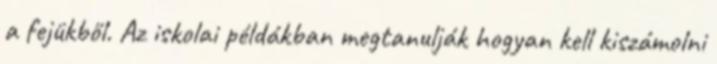
a fejükből. Az iskolai példákban megtanulják hogyan kell kiszámolni